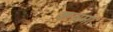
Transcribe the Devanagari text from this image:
कन्नमा